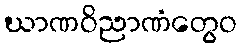
ဃာဏဝိညာဏံတွေဝ